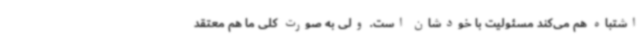
اشتباه هم می‌کند مسئولیت با خودشان است. ولی به صورت کلی ما هم معتقد